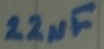
Text: 22µF